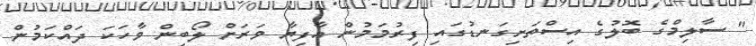
" ސާލިމްގެ ބޮލުގެ އިސްތަށިގަނޑުގައި ފިރުމަމުން އާފިޔާ ވަރަށް ލޯބިން ވާހަކަ ދައްކަމުން